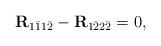
LaTeX: \begin{align*}\mathbf{R}_{1\bar{1}1\bar{2}}-\mathbf{R}_{1\bar{2}2\bar{2}}=0,\end{align*}